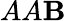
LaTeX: AA\mathbf{B}